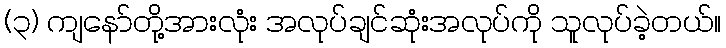
(၃) ကျနော်တို့အားလုံး အလုပ်ချင်ဆုံးအလုပ်ကို သူလုပ်ခဲ့တယ်။